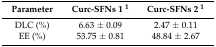
<table><thead><tr><td><b>Parameter</b></td><td><b>Curc-SFNs 1 <sup>1</sup></b></td><td><b>Curc-SFNs 2 <sup>1</sup></b></td></tr></thead><tbody><tr><td>DLC (%)</td><td>6.63 ± 0.09</td><td>2.47 ± 0.11</td></tr><tr><td>EE (%)</td><td>53.75 ± 0.81</td><td>48.84 ± 2.67</td></tr></tbody></table>